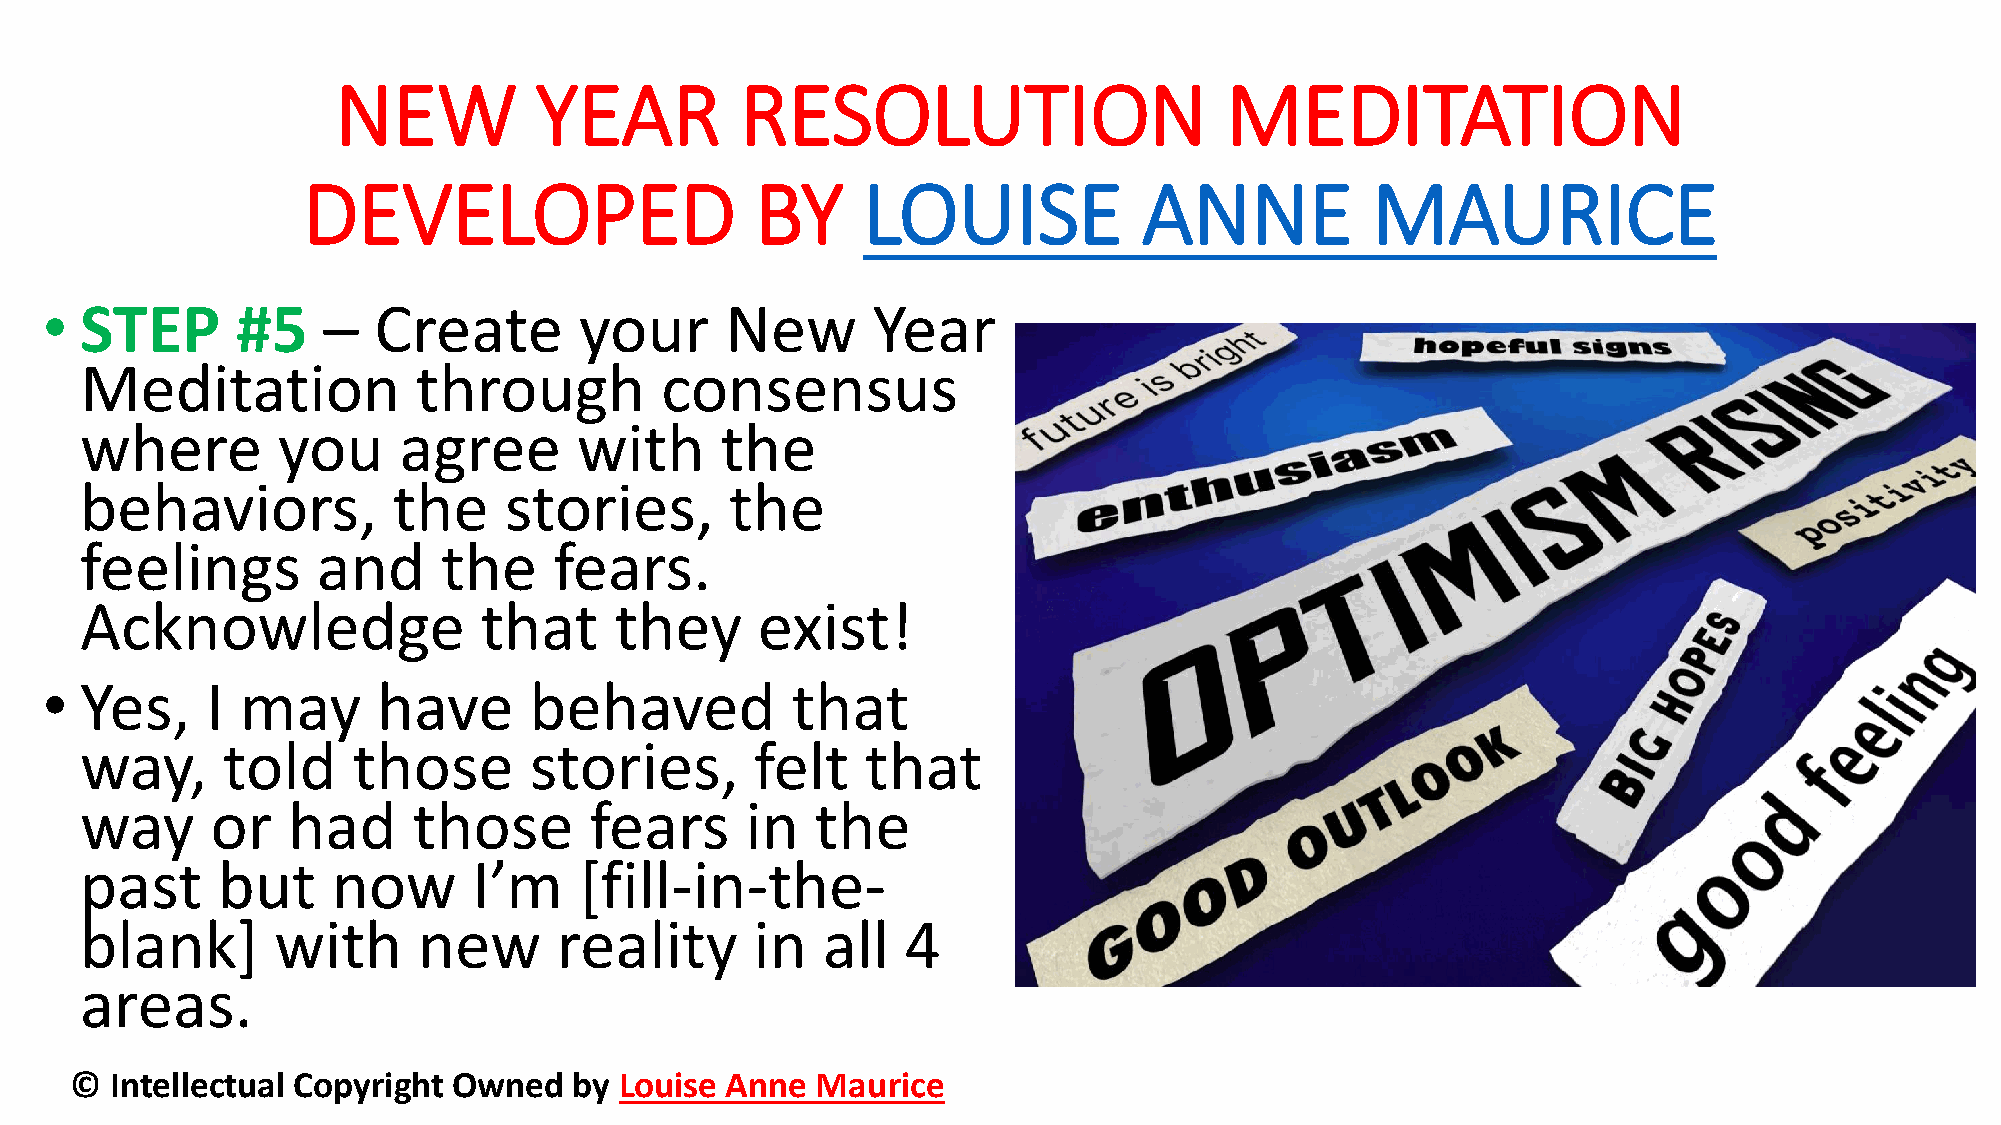
NEW          YEAR          RESOLUTION                      MEDITATION
 DEVELOPED                     BY     LOUISE             ANNE           MAURICE
 • STEP       #5   –   Create       your      New       Year
 Meditation             through         consensus
 where        you     agree       with      the
 behaviors,           the    stories,       the
 feelings        and     the     fears.
 Acknowledge                that     they     exist!
 • Yes,     I may      have      behaved          that
 way,      told    those       stories,       felt   that
 way      or   had     those       fears     in   the
 past     but     now      I’m    [fill-in-the-
 blank]       with      new      reality      in  all   4
 areas.
 © Intellectual Copyright Owned   by Louise Anne  Maurice